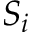
S _ { i }